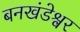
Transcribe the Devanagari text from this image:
बनखंडेश्वर